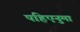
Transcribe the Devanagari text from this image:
पहिएनुमा